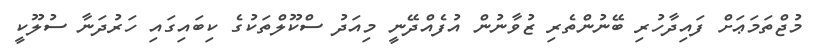
މުޖްތަމަޢަށް ފައިދާހުރި ބޭނުންތެރި ޒުވާނުން އުފެއްދޭނީ މިއަދު ސްކޫލްތަކުގެ ކިބައިގައި ހަރުދަނާ ސުލޫކީ